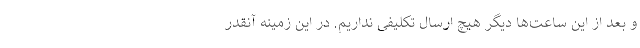
و بعد از این ساعت‌ها دیگر هیچ ارسال تکلیفی نداریم. در این زمینه آنقدر